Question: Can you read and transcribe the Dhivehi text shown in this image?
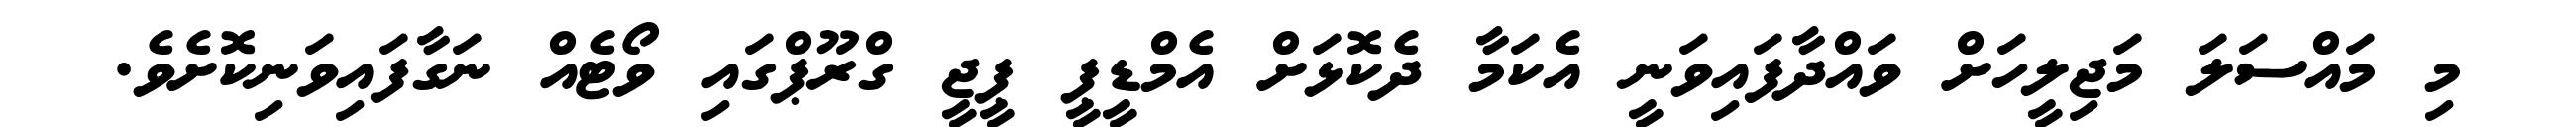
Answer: މި މައްސަލަ މަޖިލީހަށް ވައްދާފައިވަނީ އެކަމާ ދެކޮޅަށް އެމްޑީޕީ ޕީޖީ ގްރޫޕްގައި ވޯޓެއް ނަގާފައިވަނިކޮށެވެ.